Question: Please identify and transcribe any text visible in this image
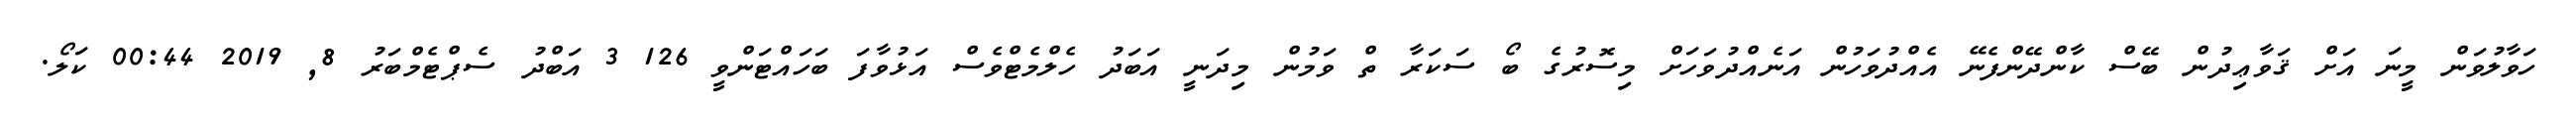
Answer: ހަވާލުވަން މީނަ އަށް ޤަވާޢިދުން ބޭސް ކާންދޭންފެނޭ އެއްދުވަހުން އަނެއްދުވަހަށް މިސޮރުގެ ބޯ ސަކަރާ ތް ވަމުން މިދަނީ އަބަދު ހެލްމެޓްވެސް އަޅުވާފަ ބަހައްޓަންވީ 126 3 އަބްދު ސެޕްޓެމްބަރު 8, 2019 00:44 ކަލޯ.